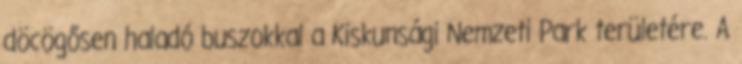
döcögősen haladó buszokkal a Kiskunsági Nemzeti Park területére. A